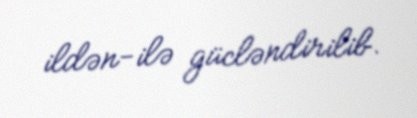
ildən-ilə gücləndirilib.